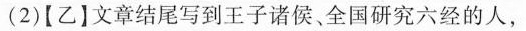
(2)[乙】文章结尾写到王子诸侯全国研究六经的人，